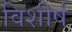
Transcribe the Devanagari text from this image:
विशीर्ष